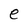
Character: e